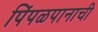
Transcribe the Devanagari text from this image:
पिंपळपानाची